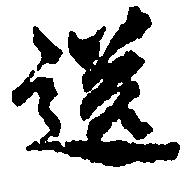
送